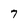
Character: 7